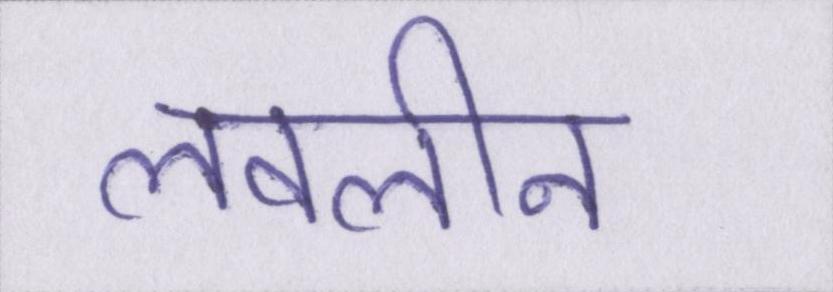
लवलीन